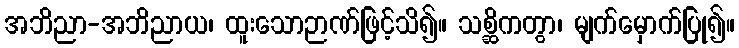
အဘိညာ-အဘိညာယ၊ ထူးသောဉာဏ်ဖြင့်သိ၍။ သစ္ဆိကတွာ၊ မျက်မှောက်ပြု၍။